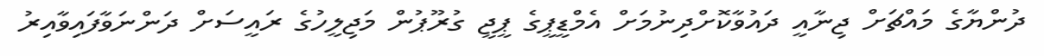
ދުންޔާގެ މައްޗަށް ޖިނާއީ ދައުވާކޮށްދިނުމަށް އެމްޑީޕީގެ ޕީޖީ ގުރޫޕުން މަޖިލީހުގެ ރައީސަށް ދަންނަވާފައިވާއިރު